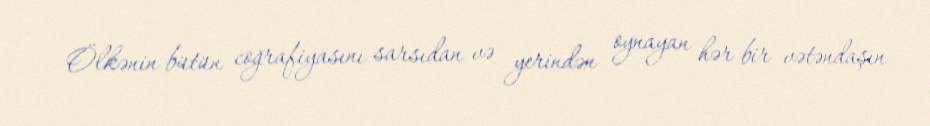
Ölkənin bütün coğrafiyasını sarsıdan və yerindən oynayan hər bir vətəndaşın